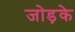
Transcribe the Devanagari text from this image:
जोड़के